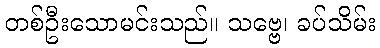
တစ်ဦးသောမင်းသည်။ သဗ္ဗေ၊ ခပ်သိမ်း